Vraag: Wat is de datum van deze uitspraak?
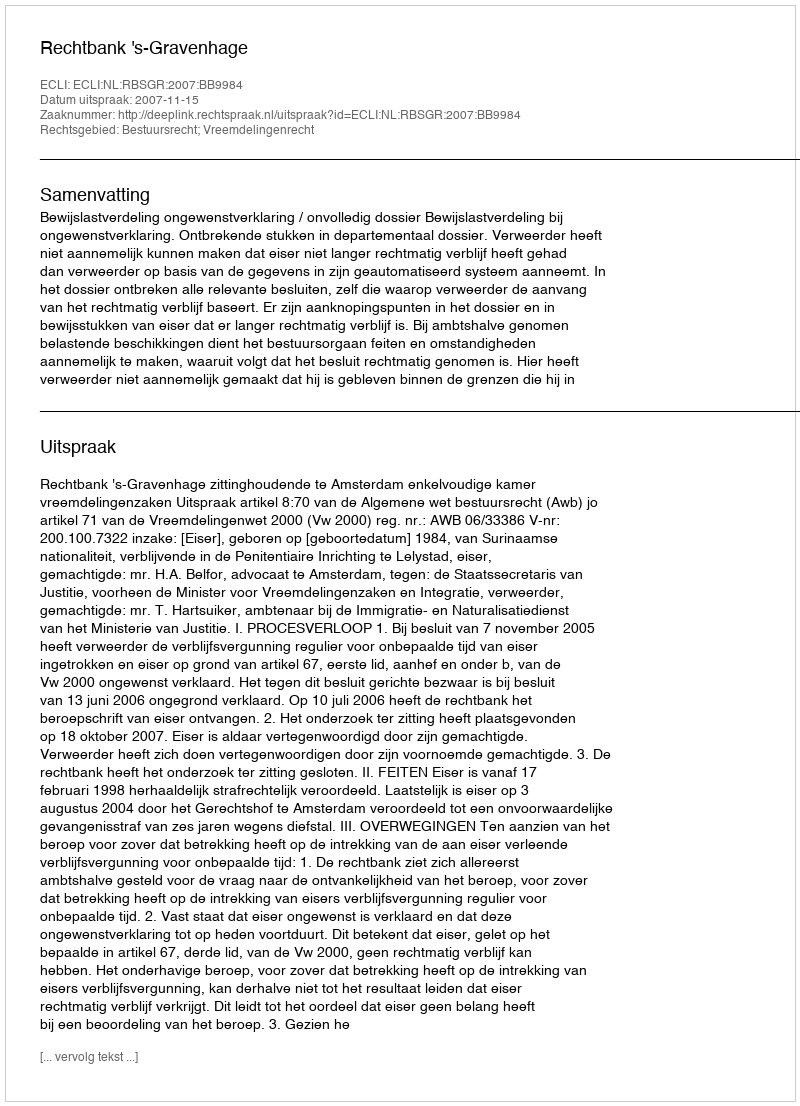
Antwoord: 2007-11-15